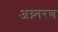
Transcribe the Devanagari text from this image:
अय्न्गरण